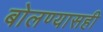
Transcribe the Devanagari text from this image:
बोलण्यासही